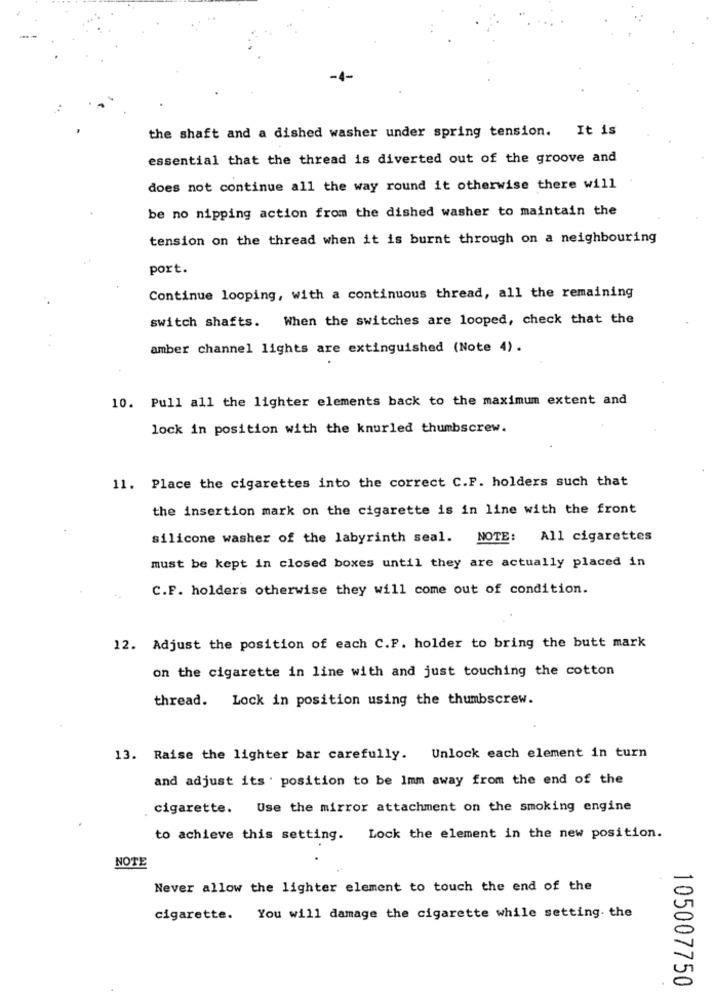
the shaft and a dished washer under spring tension. It is
essential that the thread is diverted out of the groove and
does not continue all the way round it otherwise there will
be no nipping action from the dished washer to maintain the
tension on the thread when it is burnt through on a neighbouring
port.
Continue looping, with a continuous thread, all the remaining
switch shafts. When the switches are looped, check that the
amber channel lights are extinguished (Note 4).
10. Pull all the lighter elements back to the maximum extent and
lock in position with the knurled thumbscrew.
11. Place the cigarettes into the correct C.F. holders such that
the insertion mark on the cigarette is in line with the front
silicone washer of the labyrinth seal.
NOTE: All cigarettes
must be kept in closed boxes until they are actually placed in
C.F. holders otherwise they will come out of condition.
12. Adjust the position of each C.F. holder to bring the butt mark
on the cigarette in line with and just touching the cotton
thread. Lock in position using the thumbscrew.
13. Raise the lighter bar carefully. Unlock each element in turn
and adjust its . position to be Imm away from the end of the
cigarette. Use the mirror attachment on the smoking engine
to achieve this setting. Lock the element in the new position.
NOTE
Never allow the lighter element to touch the end of the
cigarette. You will damage the cigarette while setting. the
105007750